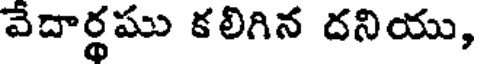
వేదార్థము కలిగిన దనియు,